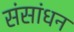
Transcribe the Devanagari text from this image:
संसांधन